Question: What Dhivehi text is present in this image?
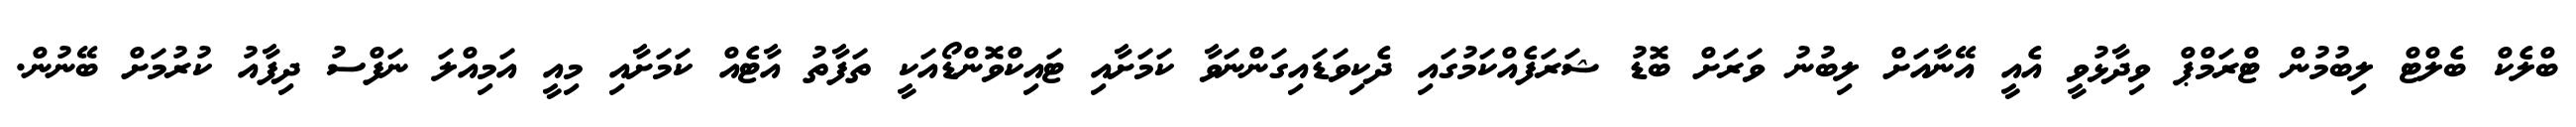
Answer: ބްލެކް ބެލްޓް ލިބުމުން ޓްރަމްޕް ވިދާޅުވީ އެއީ އޭނާއަށް ލިބުނު ވަރަށް ބޮޑު ޝަރަފެއްކަމުގައި ދެކިވަޑައިގަންނަވާ ކަމަށާއި ޓައިކްވޮންޑޯއަކީ ތަފާތު އާޓެއް ކަމަށާއި މިއީ އަމިއްލަ ނަފްސު ދިފާއު ކުރުމަށް ބޭނުން.